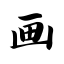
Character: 画